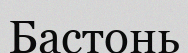
Бастонь